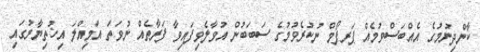
ކާންދިނުމުގެ އެއްބަސްވުމެއް ޕަރފޯމް ނުކުރެވުމުގެ ސަބަބުން އުވާލެވިފައިވާ ފަރާތެއް ނުވަތަ އަމިއްލަ އިޚުތިޔާރުގައި